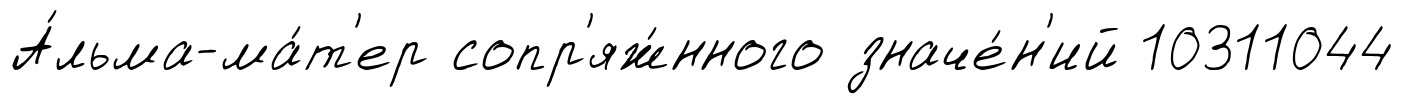
А́льма-ма́т'ер сопр'яж́нного значе́н'ий 10311044